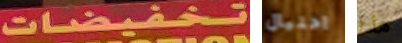
تخفيضات احتيال هذا